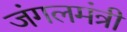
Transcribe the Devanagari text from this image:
जंगलमंत्री